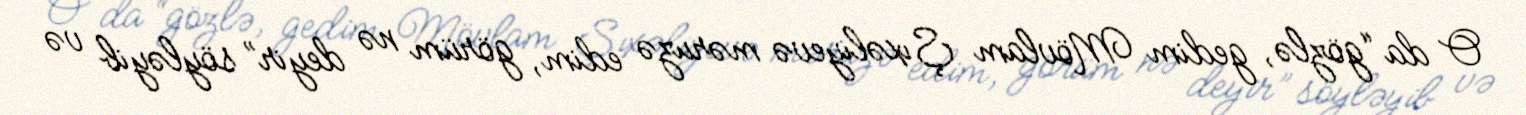
O da “gözlə, gedim Mövlam Şıxəliyevə məruzə edim, görüm nə deyir” söyləyib və